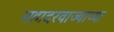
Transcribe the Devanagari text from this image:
महादरवाज्याच्या